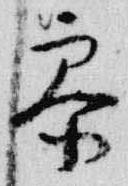
参